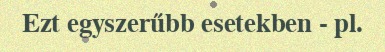
Ezt egyszerűbb esetekben - pl.